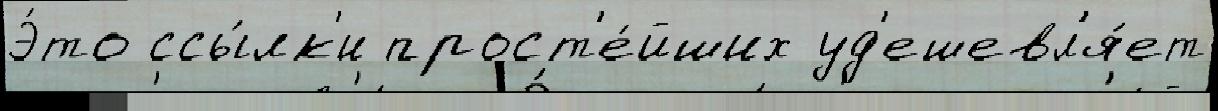
Э́то ссы́лк'и прост'е́йших уд'ешевл'я́ет